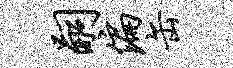
嗣偏缶